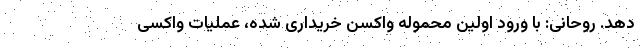
دهد. روحانی: با ورود اولین محموله واکسن خریداری شده، عملیات واکسی